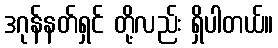
ဒဂုန်နတ်ရှင် တို့လည်း ရှိပါတယ်။